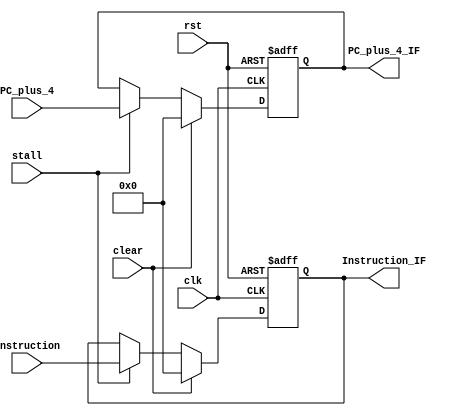
`timescale 1ns / 1ps
//////////////////////////////////////////////////////////////////////////////////
// Company: 
// Engineer: 
// 
// Design Name: 
// Module Name: IF_ID
// Project Name: 
// Target Devices: 
// Tool Versions: 
// Description: 
// 
// Dependencies: 
// 
// Revision:
// Revision 0.01 - File Created
// Additional Comments:
// 
//////////////////////////////////////////////////////////////////////////////////


module IF_ID(
    input [31:0] Instruction,
    output reg [31:0] Instruction_IF,
    input [31:0] PC_plus_4,
    output reg [31:0] PC_plus_4_IF,
    input stall,
    input clear,
    input clk,
    input rst
    );
    always @(posedge clk or negedge rst)
    begin
        if (rst==1'b0)
        begin
            Instruction_IF<=32'd0;
            PC_plus_4_IF<=32'd0;
        end
        else if (clear==1'b1)
        begin
            Instruction_IF<=32'd0;
            PC_plus_4_IF<=32'd0;
        end
        else if (stall==1'b0)
        begin
            Instruction_IF<=Instruction_IF;
            PC_plus_4_IF<=PC_plus_4_IF;
        end
        else begin
            Instruction_IF<=Instruction;
            PC_plus_4_IF<=PC_plus_4;
        end
    end
endmodule